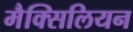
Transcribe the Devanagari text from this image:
मैक्सिलियन